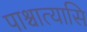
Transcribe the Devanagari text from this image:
पाश्चात्यासि